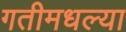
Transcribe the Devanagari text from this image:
गतीमधल्या